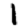
Digit: 1